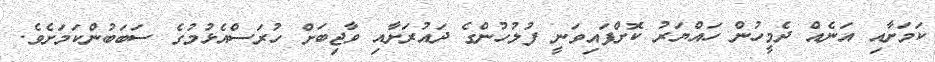
ކަމަށާއި އަނެއް ދެމީހުން ހައްޔަރު ކޮށްފައިވަނީ ފުލުހުންގެ ދައުރަށާއި ވާޖިބަށް ހުރަސްއެޅުމުގެ ސަބަބުންކަމަށެވެ.